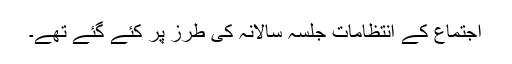
اجتماع کے انتظامات جلسہ سالانہ کی طرز پر کئے گئے تھے۔